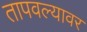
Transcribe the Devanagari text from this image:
तापवल्यावर